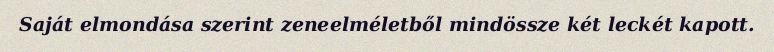
Saját elmondása szerint zeneelméletből mindössze két leckét kapott.